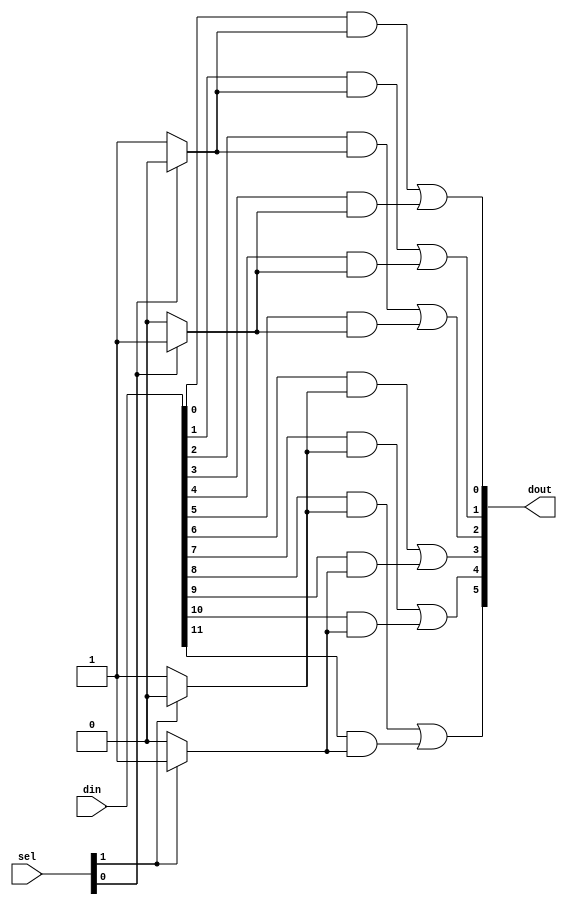
/* ---------------------------------------------------------------------
**
**                  (C) COPYRIGHT 2006-2011 SYNOPSYS, INC.
**                            ALL RIGHTS RESERVED
**
**  This software and the associated documentation are confidential and
**  proprietary to Synopsys, Inc.  Your use or disclosure of this
**  software is subject to the terms and conditions of a written
**  license agreement between you, or your company, and Synopsys, Inc.
**
**  The entire notice above must be reproduced on all authorized copies.
**
** ---------------------------------------------------------------------
**
** Abstract : This block is a repackaging of the busmux module 
**            which can implement a parameterisable number of 
**            busmuxes.
**
** ---------------------------------------------------------------------
*/


module DW_axi_multibusmux ( sel, din, dout );

   parameter BUS_COUNT = 2;   // Number of input buses.
   parameter MUX_WIDTH = 3;   // Bit width of data buses.
   parameter SEL_WIDTH = 1;   // Width of select line.
   parameter MUX_COUNT = 2;   // Number of muxes.

   // Select signal.
   input [SEL_WIDTH*MUX_COUNT-1:0]           sel;  

   // Concatenated input buses.
   input [MUX_WIDTH*BUS_COUNT*MUX_COUNT-1:0] din;  
   wire  [MUX_WIDTH*BUS_COUNT*MUX_COUNT-1:0] din;  

   // Output data bus.
   output [MUX_WIDTH*MUX_COUNT-1:0]          dout; 
   reg    [MUX_WIDTH*MUX_COUNT-1:0]          dout;             


   // One-hot select signals.
   reg [BUS_COUNT*MUX_COUNT-1:0] sel_oh; 


   // Create one hot version of sel inputs.
   // Used as select line for the muxes.
   always @(*) 
   begin : sel_oh_PROC
     reg [SEL_WIDTH-1:0] sel_int;

     integer busnum;
     integer muxnum;
     integer selbit;

     sel_oh = {BUS_COUNT*MUX_COUNT{1'b0}};

     for(muxnum=0 ; muxnum<=(MUX_COUNT-1) ; muxnum=muxnum+1) begin

       // Select the select lines for this mux.
       for(selbit=0 ; selbit<=(SEL_WIDTH-1) ; selbit=selbit+1) begin
         sel_int[selbit] = sel[(muxnum*SEL_WIDTH)+selbit];
       end

       // Convert to one-hot.
       for(busnum=0 ; busnum<=(BUS_COUNT-1) ; busnum=busnum+1) begin
	 if(sel_int == busnum) begin
	   sel_oh[(muxnum*BUS_COUNT)+busnum] = 1'b1;
	 end
       end

     end

   end


   // Implement the selected number of muxes.
   // One of the subtleties that might not be obvious that makes 
   // this work so well is the use of the blocking assignment (=) 
   // that allows dout to be built up incrementally. 
   // The one-hot select builds up into the wide "or" function 
   // you'd code by hand.
   always @ (*) 
   begin : mux_logic_PROC

     reg [MUX_WIDTH*BUS_COUNT-1:0] din_int;
     reg [BUS_COUNT-1:0]           sel_oh_int;

     integer muxnum;
     integer busnum;
     integer muxbit;
     integer selbit;
     integer dinbit;

     dout = {MUX_COUNT*MUX_WIDTH{1'b0}};

     for(muxnum=0 ; muxnum<=(MUX_COUNT-1) ; muxnum=muxnum+1) begin
       
       // Select the one hot select lines for this mux.
       for(selbit=0 ; selbit<=(BUS_COUNT-1) ; selbit=selbit+1) begin
         sel_oh_int[selbit] = sel_oh[(muxnum*BUS_COUNT)+selbit];
       end
       
       // Select the data lines for this mux.
       for(dinbit=0 ; 
           dinbit<=(MUX_WIDTH*BUS_COUNT-1) ; 
	   dinbit=dinbit+1
) 
       begin
         din_int[dinbit] = din[(muxnum*MUX_WIDTH*BUS_COUNT)+dinbit];
       end

       // Implement the mux.
       for(busnum=0 ; busnum<=(BUS_COUNT-1) ; busnum=busnum+1) begin
         for(muxbit=0 ; muxbit<=(MUX_WIDTH-1) ; muxbit=muxbit+1) begin
           dout[(muxnum*MUX_WIDTH)+muxbit] 
	     = dout[(muxnum*MUX_WIDTH)+muxbit] 
	       | (din_int[(MUX_WIDTH*busnum)+muxbit]
	          & sel_oh_int[busnum]);
         end
       end

     end // for(muxnum=0


   end // always


endmodule // DW_axi_multibusmux